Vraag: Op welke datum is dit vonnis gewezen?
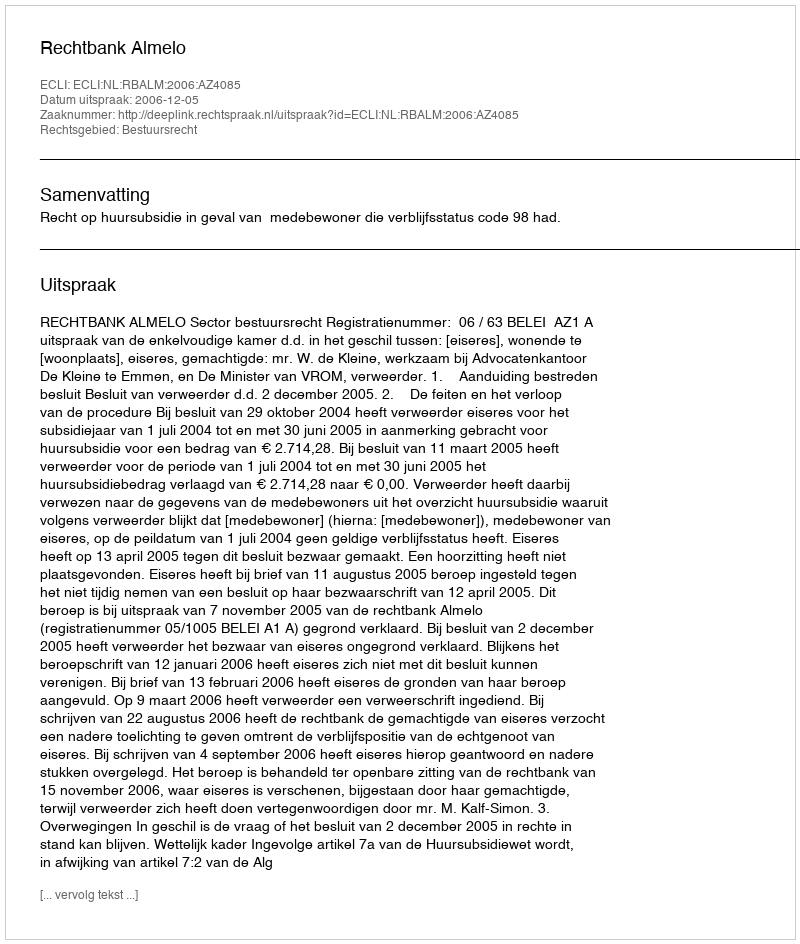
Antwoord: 2006-12-05